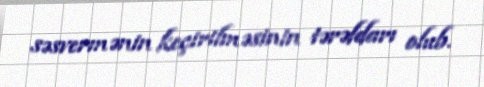
səsvermənin keçirilməsinin tərəfdarı olub.